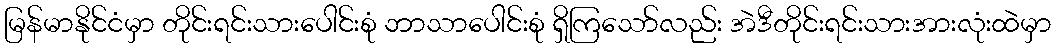
မြန်မာနိုင်ငံမှာ တိုင်းရင်းသားပေါင်းစုံ ဘာသာပေါင်းစုံ ရှိကြသော်လည်း အဲဒီတိုင်းရင်းသားအားလုံးထဲမှာ